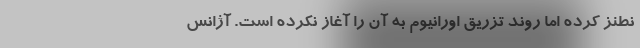
نطنز کرده اما روند تزریق اورانیوم به آن را آغاز نکرده است. آژانس